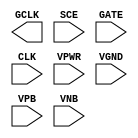
/**
 * Copyright 2020 The SkyWater PDK Authors
 *
 * Licensed under the Apache License, Version 2.0 (the "License");
 * you may not use this file except in compliance with the License.
 * You may obtain a copy of the License at
 *
 *     https://www.apache.org/licenses/LICENSE-2.0
 *
 * Unless required by applicable law or agreed to in writing, software
 * distributed under the License is distributed on an "AS IS" BASIS,
 * WITHOUT WARRANTIES OR CONDITIONS OF ANY KIND, either express or implied.
 * See the License for the specific language governing permissions and
 * limitations under the License.
 *
 * SPDX-License-Identifier: Apache-2.0
 */

`ifndef SKY130_FD_SC_HD__SDLCLKP_PP_BLACKBOX_V
`define SKY130_FD_SC_HD__SDLCLKP_PP_BLACKBOX_V

/**
 * sdlclkp: Scan gated clock.
 *
 * Verilog stub definition (black box with power pins).
 *
 * WARNING: This file is autogenerated, do not modify directly!
 */

`timescale 1ns / 1ps
`default_nettype none

(* blackbox *)
module sky130_fd_sc_hd__sdlclkp (
    GCLK,
    SCE ,
    GATE,
    CLK ,
    VPWR,
    VGND,
    VPB ,
    VNB
);

    output GCLK;
    input  SCE ;
    input  GATE;
    input  CLK ;
    input  VPWR;
    input  VGND;
    input  VPB ;
    input  VNB ;
endmodule

`default_nettype wire
`endif  // SKY130_FD_SC_HD__SDLCLKP_PP_BLACKBOX_V